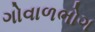
ગોવાળભોગ